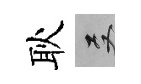
耿双